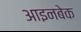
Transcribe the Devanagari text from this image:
आइनबेक